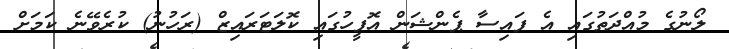
ލޯނުގެ މުއްދަތުގައި އެ ފައިސާ ޕެންޝަން އޮފީހުގައި ކޮލަޓަރައިޒް (ރަހުނު) ކުރެވޭނެ ކަމަށް